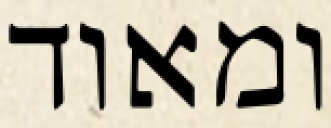
ומאוד